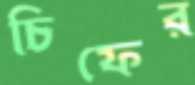
চিফের